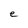
Character: e